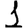
Digit: 1